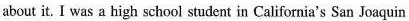
about it, I was a high school student in California's San Joaquin